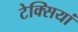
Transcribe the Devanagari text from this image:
टेक्सियां